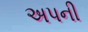
અપની